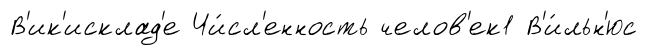
В'ик'исклад'е Чи́сл'енность челов'ек1 В'и́льн'юс